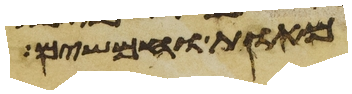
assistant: מאות וחמשים